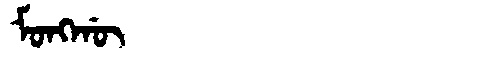
Manchu: ᠮᠣᠩᡤᡡ
Romanization: MONGGŪ